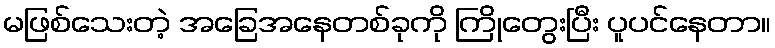
မဖြစ်သေးတဲ့ အခြေအနေတစ်ခုကို ကြိုတွေးပြီး ပူပင်နေတာ။